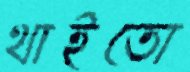
থাইতো